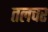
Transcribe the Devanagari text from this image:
तलचर